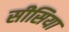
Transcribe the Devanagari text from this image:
सीसिया